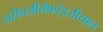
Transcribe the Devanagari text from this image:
लरीनजीयैफरेइजीयाल